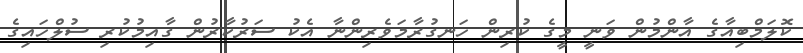
ކޮލަމްބިއާގެ އާންމުން ވަނީ މީގެ ކުރިން ހަނގުރާމަވެރިންނާ އެކު ސަރުކާރުން ގާއިމުކުރި ސުލްހައިގެ